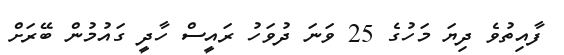
ފާއިތުވެ ދިޔަ މަހުގެ 25 ވަނަ ދުވަހު ރައީސް ހާދީ ގައުމުން ބޭރަށް